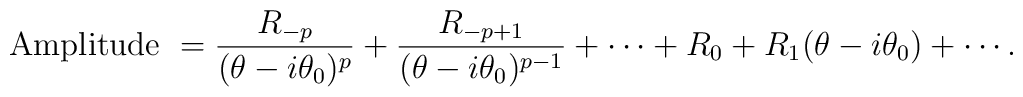
\mbox{Amplitude }=\frac{R_{-p}}{(\theta-i\theta_0)^p}+\frac{R_{-p+1}}{(\theta-i\theta_0)^{p-1}}+\cdots +R_0+R_1(\theta-i\theta_0)+ \cdots.